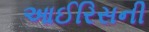
આઈરિસની